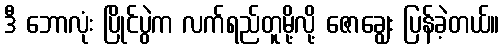
ဒီ ဘောလုံး ပြိုင်ပွဲက လက်ရည်တူမို့လို့ ဇောချွေး ပြန်ခဲ့တယ်။